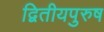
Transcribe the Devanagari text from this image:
द्वितीयपुरुष